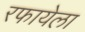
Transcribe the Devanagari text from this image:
रफायेला